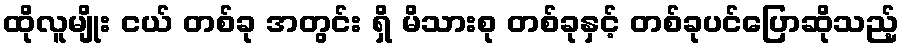
ထိုလူမျိုး ငယ် တစ်ခု အတွင်း ရှိ မိသားစု တစ်ခုနှင့် တစ်ခုပင်ပြောဆိုသည့်